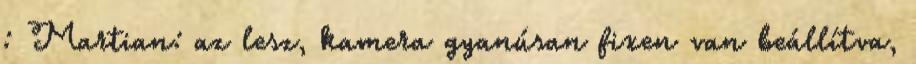
: Martian: az lesz, kamera gyanúsan fixen van beállítva,